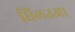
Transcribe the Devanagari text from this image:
घिलउआ